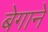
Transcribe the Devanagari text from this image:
बेगाने